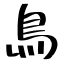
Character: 鳥